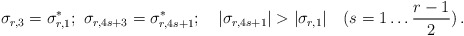
\begin{align*}\sigma_{r,3} = \sigma^{*}_{r,1};\, \, \sigma_{r, 4s+3} = \sigma^{*}_{r,4s+1};\quad|\sigma_{r, 4s+1}| > |\sigma_{r,1}| \quad (s = 1 \ldots \frac{r-1}{2})\, .\end{align*}